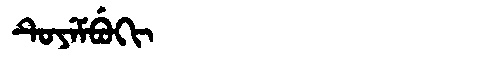
Manchu: ᡨᡠᠶᡝᠮᠪᡠᡴᡳ
Romanization: TUYEMBUKI